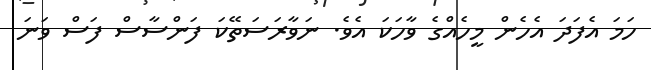
ހަމަ އެފަދަ އެހެން މީހެއްގެ ވާހަކަ އެވެ. ނަވާރަސަތޭކަ ފަންސާސް ފަސް ވަނަ